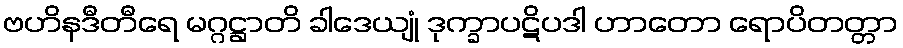
ဗဟိနဒီတီရေ မဂ္ဂဋ္ဌာတိ ခါဒေယျုံ ဒုက္ခာပဋိပဒါ ဟာတော ရောပိတတ္တာ